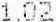
1.02